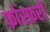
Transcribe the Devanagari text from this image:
फ़ोस्फ़री